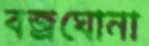
বজ্রঘোনা